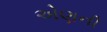
એણની